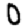
Digit: 0